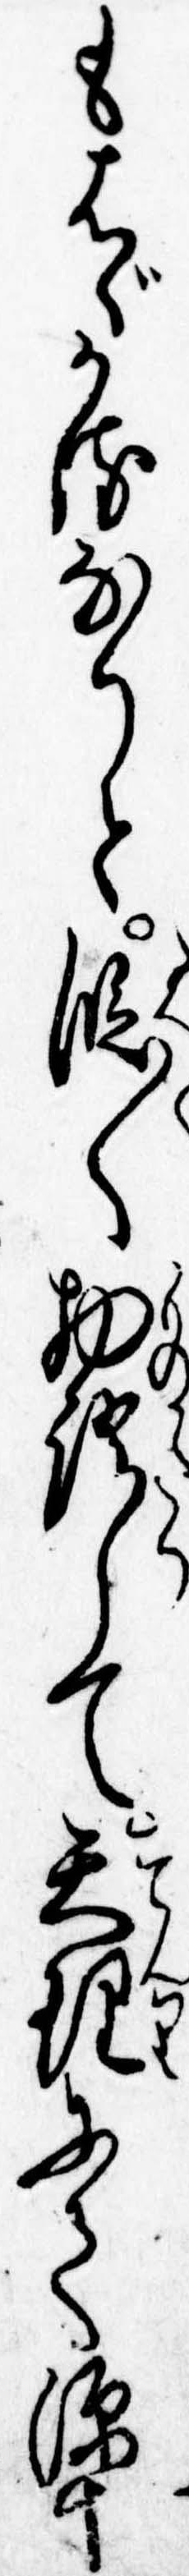
もはゞかるなりと段〱物語して天理にて源十